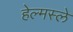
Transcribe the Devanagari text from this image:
हेल्मस्ले